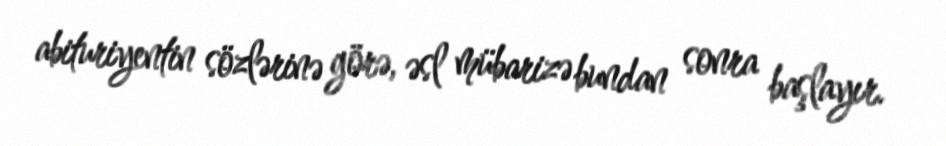
abituriyentin sözlərinə görə, əsl mübarizə bundan sonra başlayır.